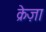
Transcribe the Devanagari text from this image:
क्रेज़ा